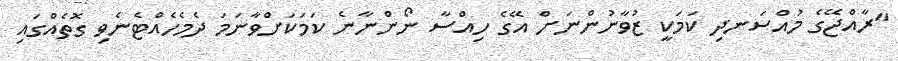
"ރާއްޖޭގެ މުއްސަނދި ކަމަކީ ޒުވާނުންނަށް އޭގެ ހިއްސާ ނޯންނާނެ ކަމަކަށްވާނަމަ ދެމެހެއްޓެނެވި ގޮތެއްގައި